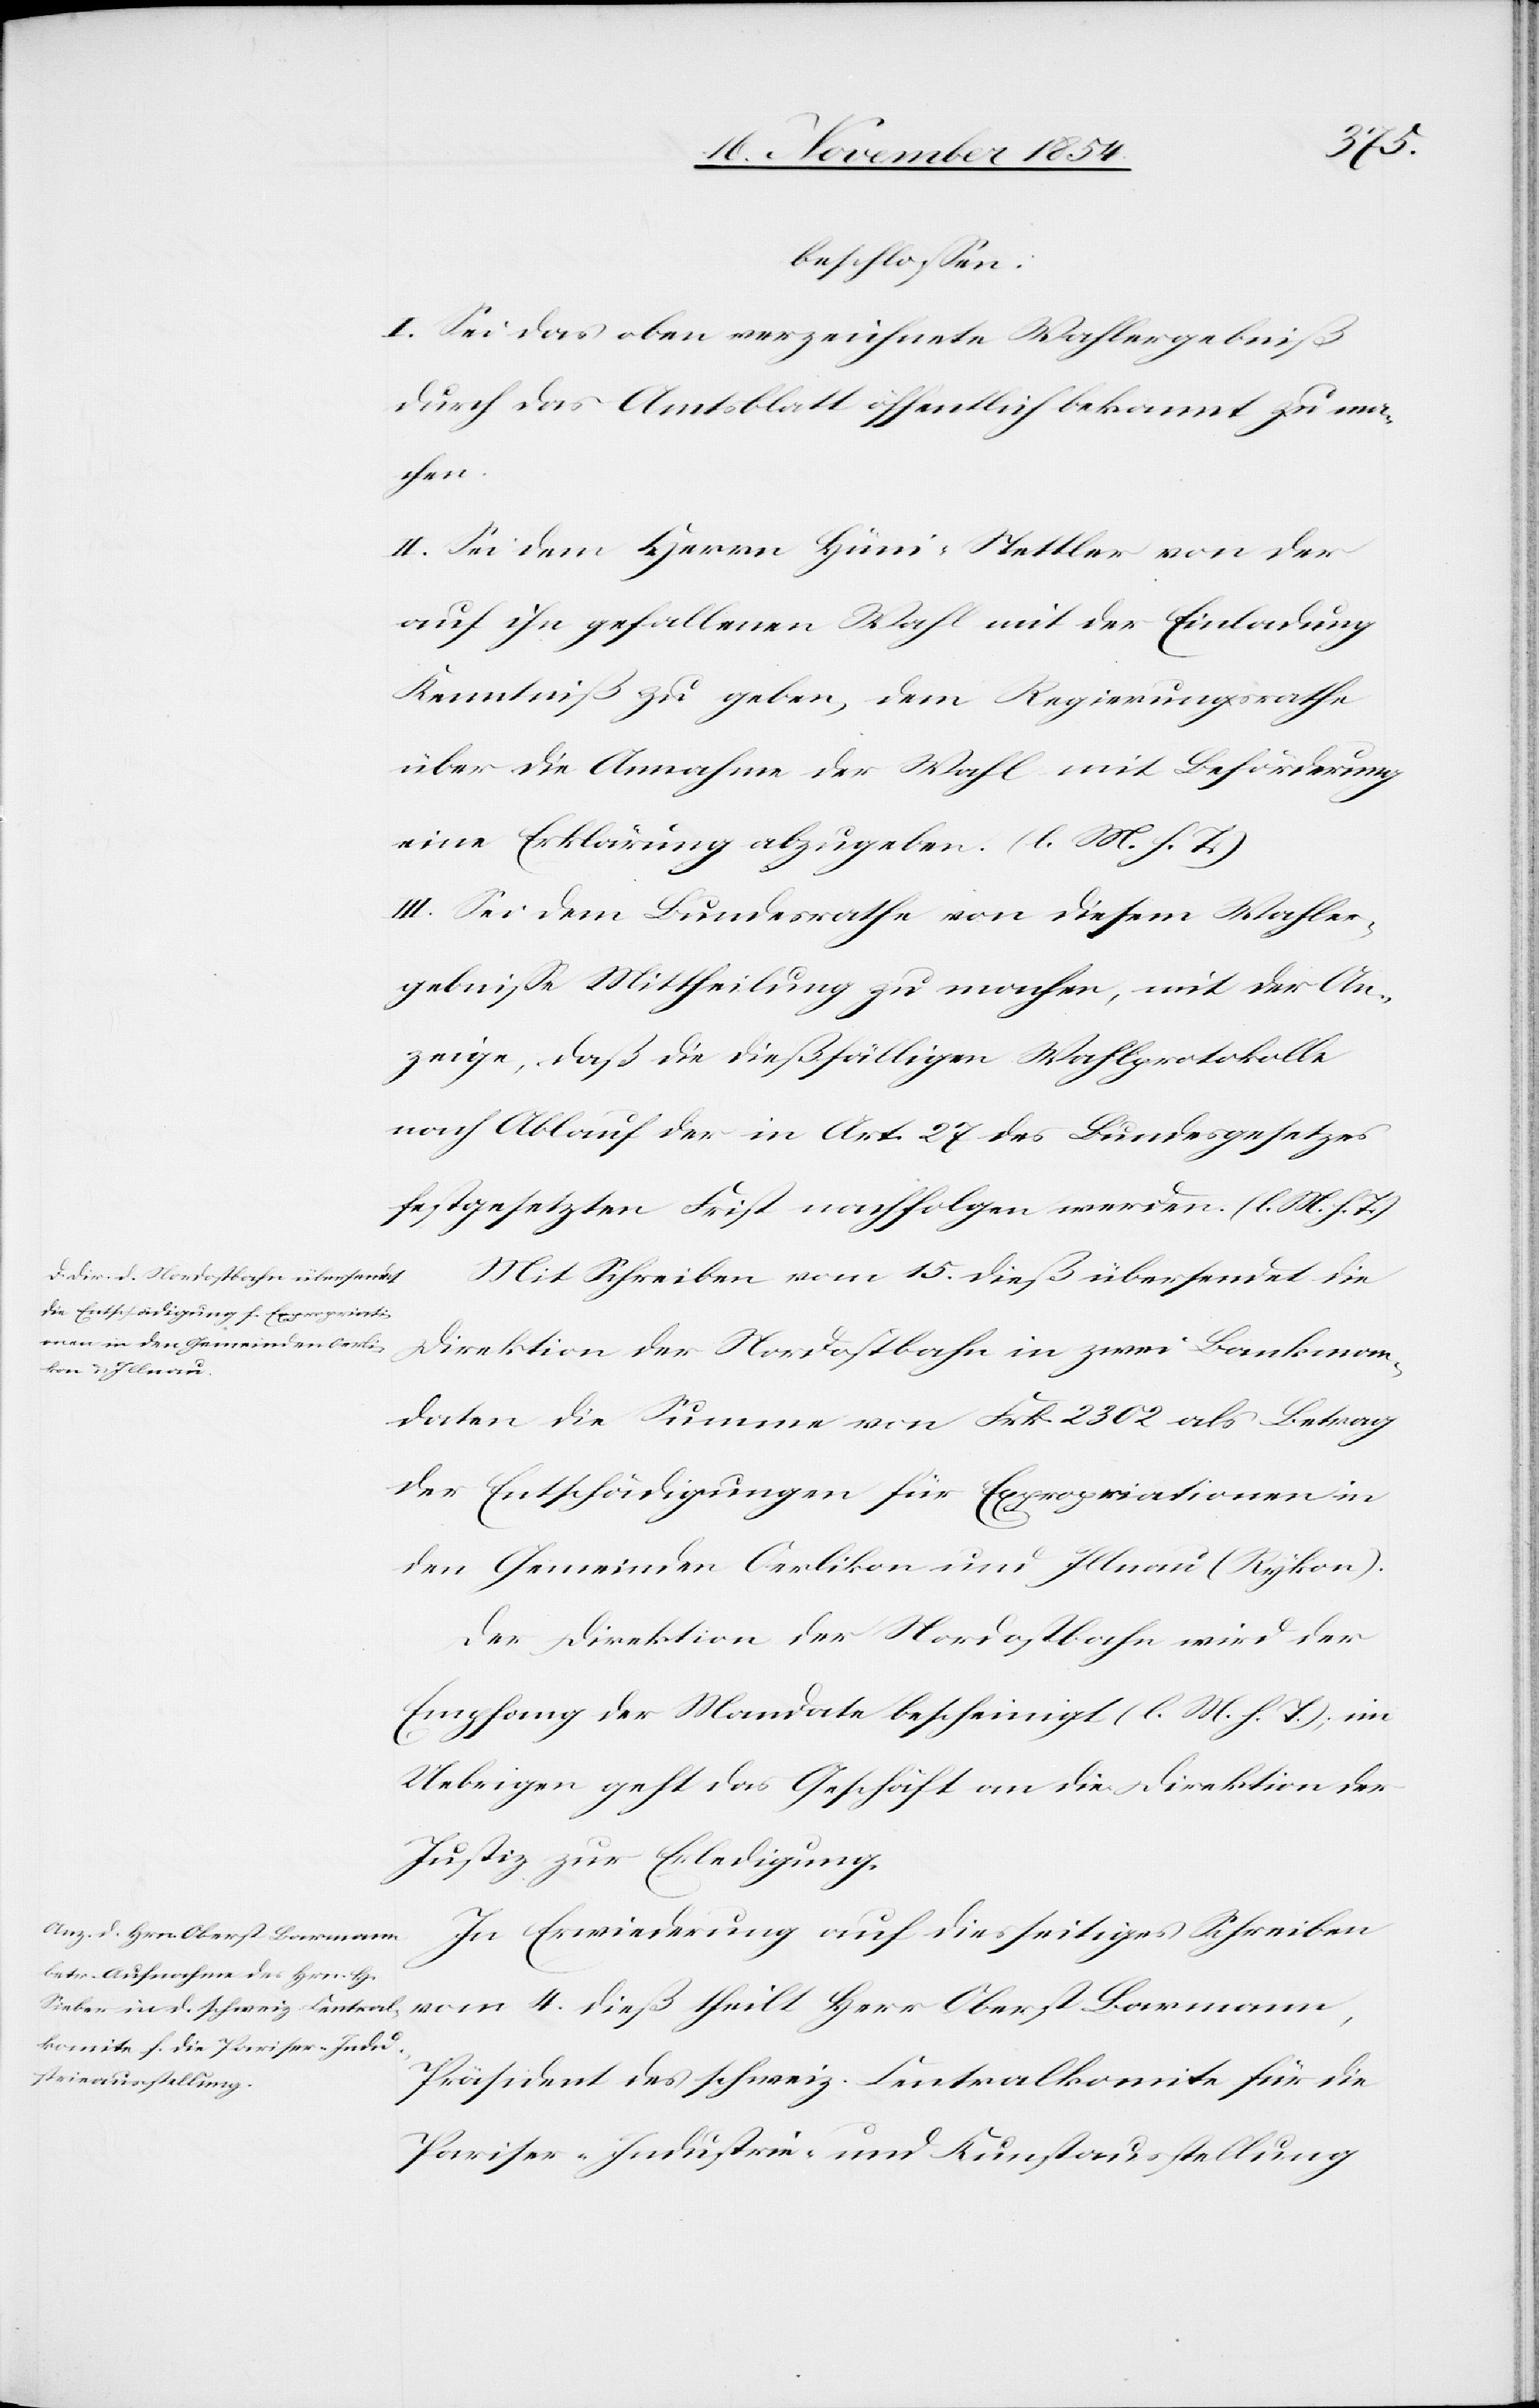
beschloßen:
I. Sei das oben verzeichnete Wahlergebniß
durch das Amtsblatt öffentlich bekannt zu ma¬
chen.
II. Sei dem Herrn Hüni-Stettler von der
auf ihn gefallenen Wahl mit der Einladung
Kenntniß zu geben, dem Regierungsrathe
über die Annahme der Wahl mit Beförderung
eine Erklärung abzugeben. (l. M. h. T.)
III. Sei dem Bundesrathe von diesem Wahler¬
gebniße Mittheilung zu machen, mit der An¬
zeige, daß die dießfälligen Wahlprotokolle
nach Ablauf der in Art. 27 des Bundesgesetzes
festgesetzten Frist nachfolgen werden. (l. M. h. T.)
Mit Schreiben vom 15. dieß übersendet die
Direktion der Nordostbahn in zwei Bankman¬
daten die Summe von Frk. 2302 als Betrag
der Entschädigungen für Expropriationen in
den Gemeinden Oerlikon und Illnau (Rykon9.
Der Direktion der Nordostbahn wird der
Empfang der Mandate bescheinigt (l. M. h. T.); im
Uebrigen geht das Geschäft an die Direktion der
Justiz zur Erledigung.
In Erwiederung auf diesseitiges Schreiben
vom 4. dieß theilt Herr Oberst Barmann,
Präsident des schweiz. Centralkomite für die
Pariser-Industrie- und Kunstausstellung